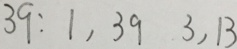
3 9 : 1 , 3 9 , 3 , 1 3